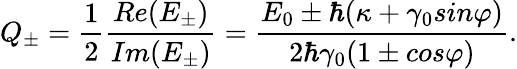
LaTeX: {}Q_{\pm}=\frac{1}{2}\frac{Re(E_{\pm})}{Im(E_{\pm})}=\frac{E_{0}\pm\hbar(\kappa+\gamma_{0}sin\varphi)}{2\hbar\gamma_{0}(1\pm cos\varphi)}.